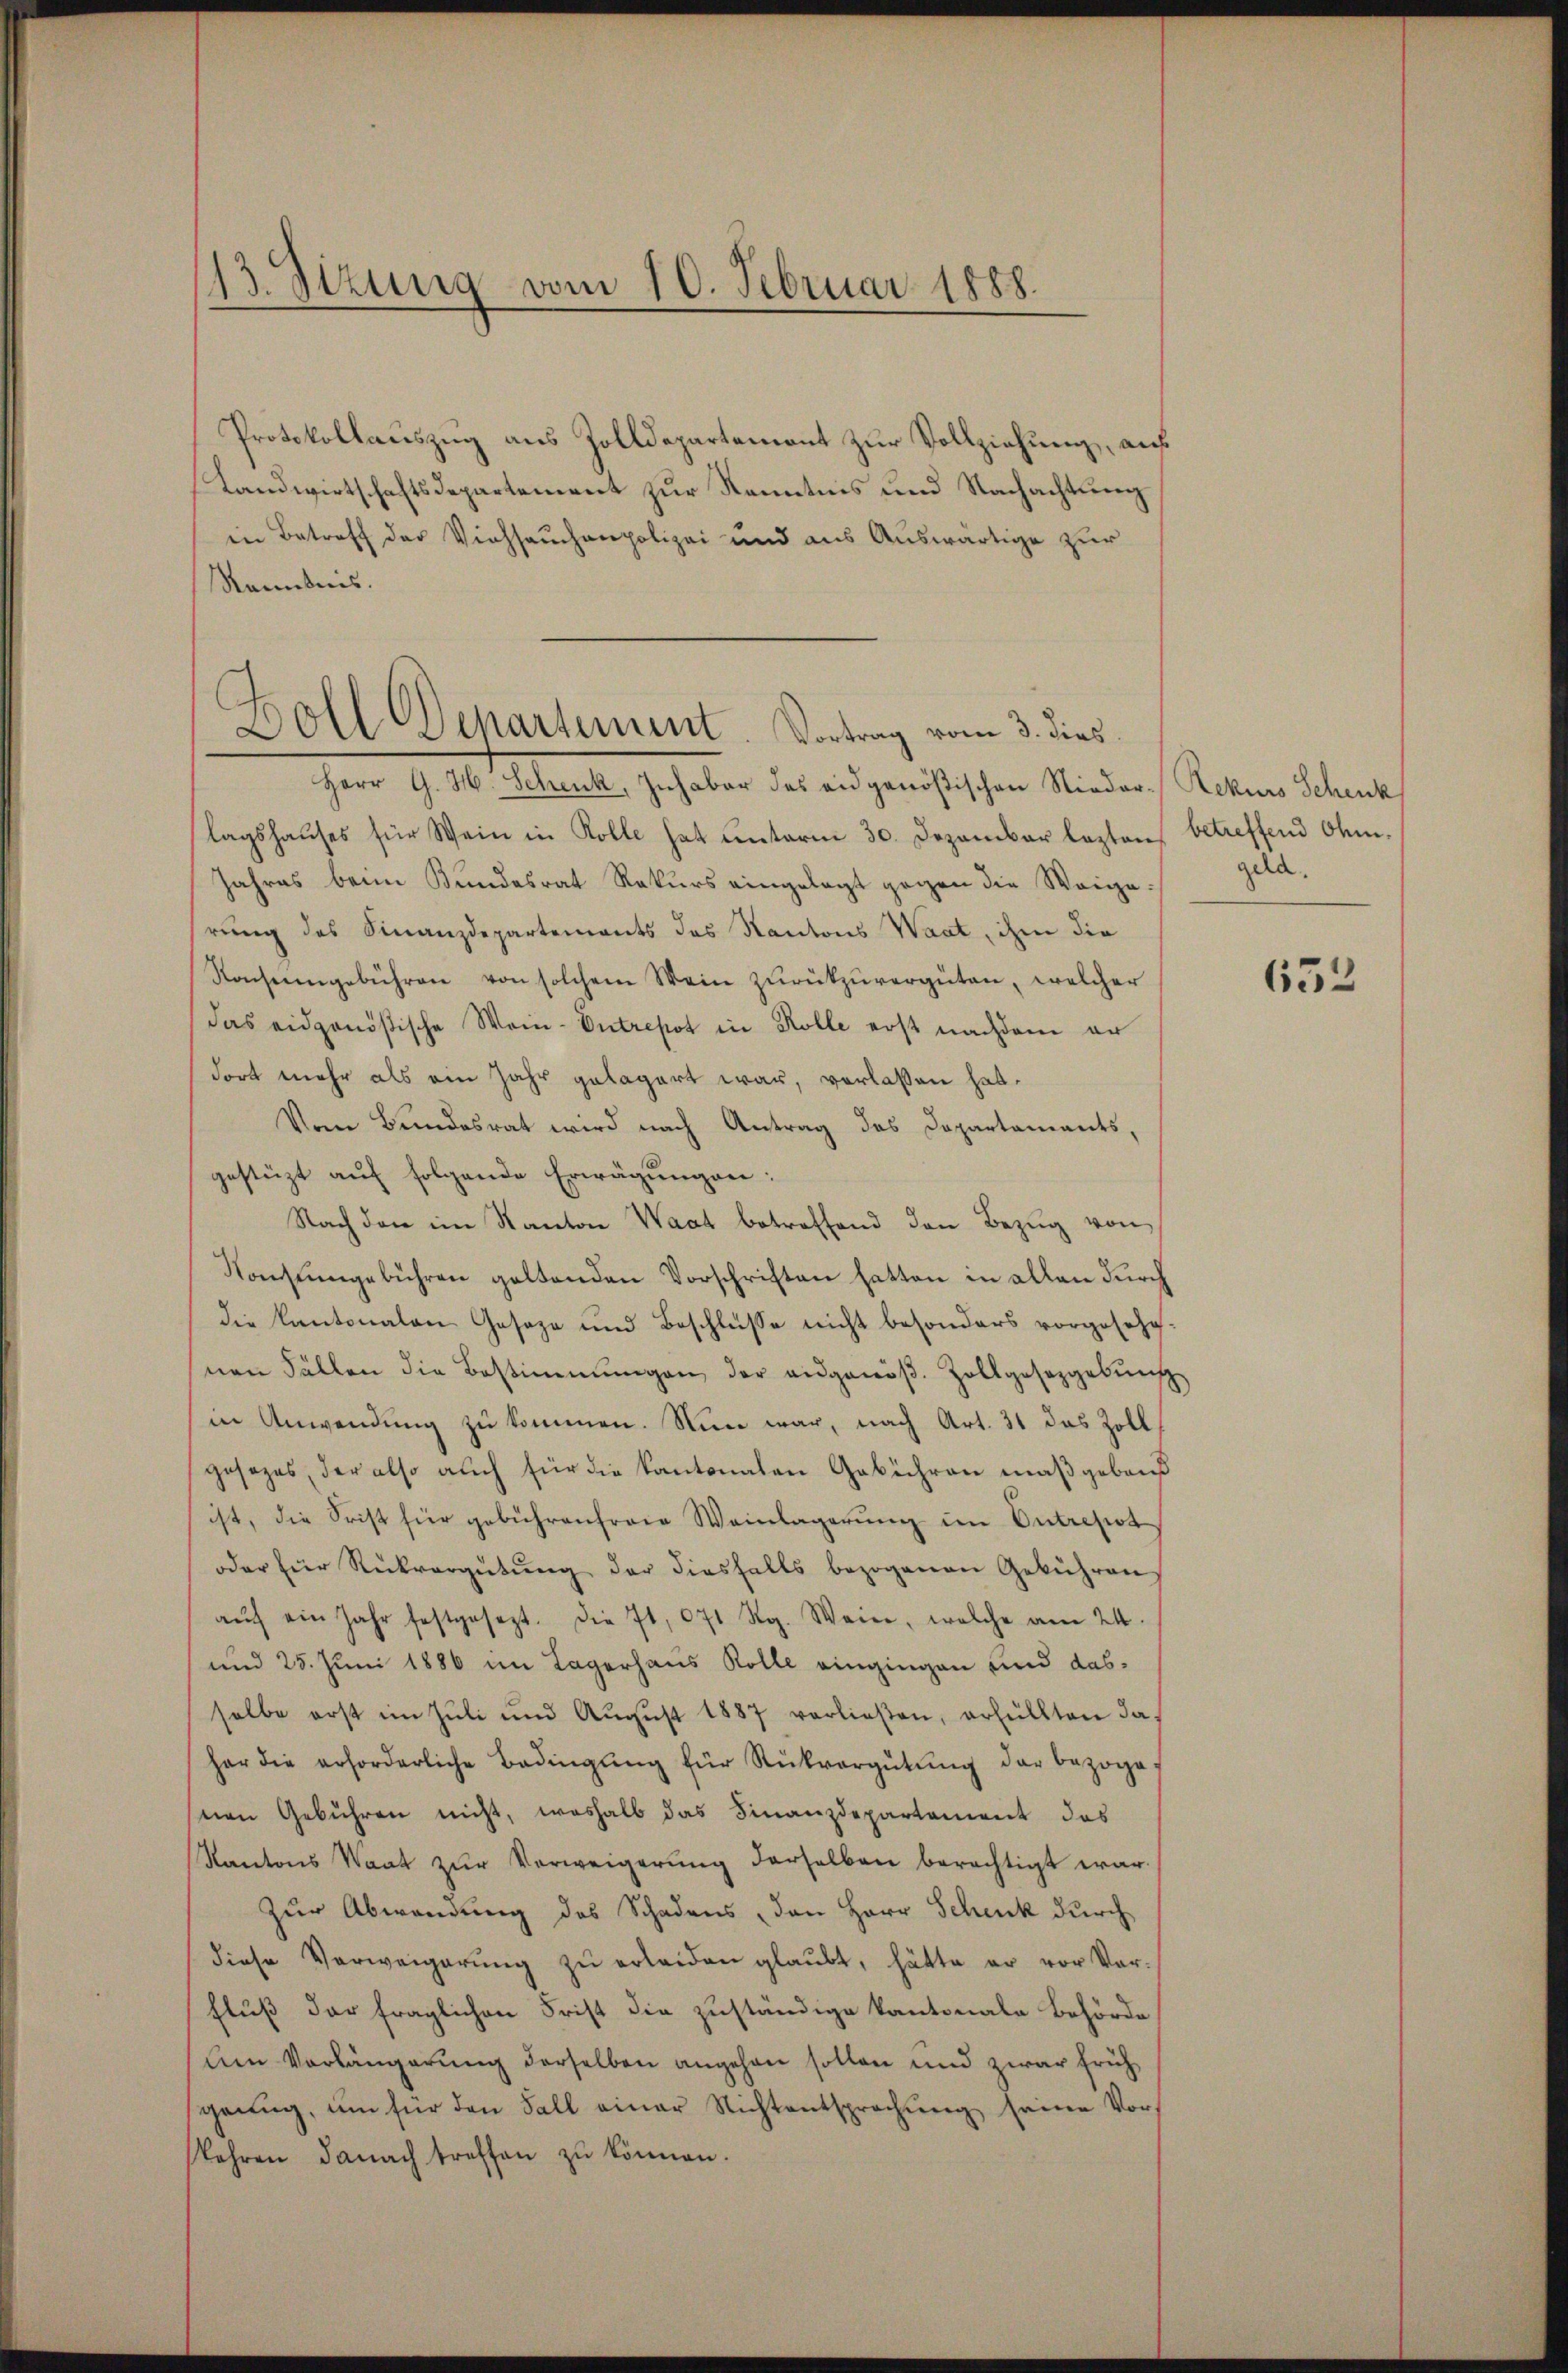
173. Sizung vom 10. Februar 1888.

Protokollauszug aus Zolldepartemont zur Vollziehung, auf
Landwirtschaftsdepartement zur Kenntnis und Nachachtung
in Betreff der Viehseuchenpolizei und aus Auswärtige zur
Kenntnis.
Herr G. H. Schenk, Inhaber des eidgenößischen Nieder Rekurs Schenk
lagshauses für Wein in Rolle hat unterm 30. Dezember leztens betreffend Ohm.
Jahres beim Bundesrat Rekurs eingelegt gegen die Weige.
rung des Finanzdepartements des Kantons Waat, ihm die
Konseingebühren von solchem Wein zurückzuvergüten, welcher
das eidgenößische Wein-Entrepot in Rolle erst nachdem er
dort mehr als ein Jahr gelagert war, verlaßen hat.
Vom Bundesrat wird nach Antrag des Departaments,
gestüzt auf folgende Erwägungen:
Nach den im Kanton Waat betreffend den Bezug von
Konsŭmgebühren geltenden Vorschriften hatten in allen durch
die Kantonalen Geseze und Beschlüsse nicht besonders vorgesehenen Fällen die Bestimmungen der ausgenöβ. Zollgesetzgebŭng
ne Anwendung zu kommen. Nun war, nach Art. 31 das Zoll
gesezes, der also auch für die Kantonalen Gebühren maßgebauß
ist, die Frist für gebührenfreie Weinlagerŭng im Entrepot
oder für Rückvergütŭng der diesfalls bezogenen Gebühren
aŭf ein Jahr festgesezt. Die 7t, 071 Rg. Wein, welche am 24.
und 25. Juni 1886 im Lagerhaus Rolle eingingen und dasselbe erst im Jŭli und Aŭgŭst 1887 verließen, erfüllten da-
har die erforderliche Bedingŭng für Rückvergütŭng der bezoge
snien Gebühren nicht, weshalb das Finanzdepartement das
Kantons Saat zŭr Verweigerŭng derselben berechtigt war.
Zur Abwendung des Schadens, den Herr Schenk durch
diese Verweigerŭng zŭ erleiden glaŭbt, hätte er vor Vor-
Fluß der fraglichen Frist die zuständige Kantonale Behörde
Am Vorlängerung derselben angehen sollen und zwar früh
genug, um für den Fall einer Nichtentsprechung seine Vorkehren danach treffen zŭ können.

Doll Departement. Vortrag vom 3. dies

geld.

652